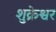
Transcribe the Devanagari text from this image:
शुक्रेश्वर